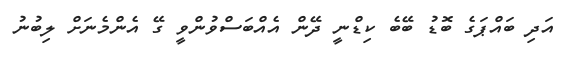
އަދި ބައްޕަގެ ބޮޑު ބޭބެ ކިޑްނީ ދޭން އެއްބަސްވުންވީ ގޭ އެންމެނަށް ލިބުނު